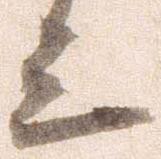
上